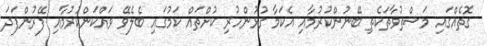
ގޮތެއްގައި މަސްތުވާތަކެތި ބޭނުންކުރުމާއި އެކަމާ ގުޅުންހުރި ކުށްތައް ކަމުގައި ބެލެވޭ ވައްކަންކުރުމާއި ފޭރުންފަދަ